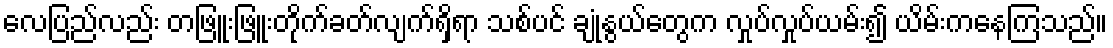
လေပြည်လည်း တဖြူးဖြူးတိုက်ခတ်လျက်ရှိရာ သစ်ပင် ချုံနွယ်တွေက လှုပ်လှုပ်ယမ်း၍ ယိမ်းကနေကြသည်။